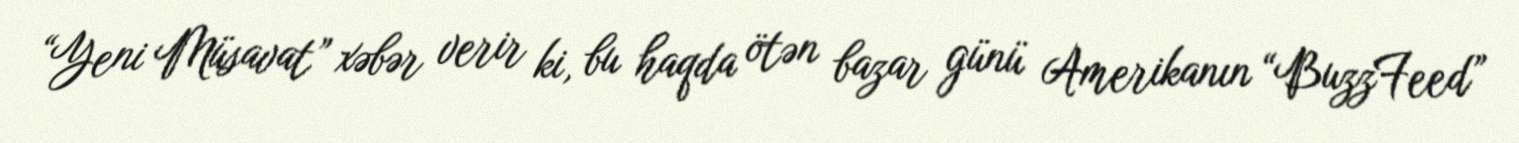
“Yeni Müsavat” xəbər verir ki, bu haqda ötən bazar günü Amerikanın “BuzzFeed”